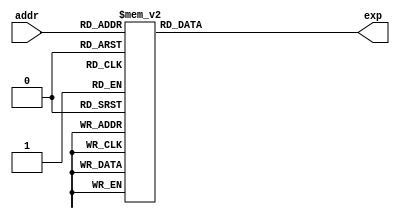
module LUT(addr, exp);
    input [6:0] addr;
    output reg [31:0] exp;

    always @(addr) begin
        case (addr)
			7'b0 		: exp = 32'b00111011110000010011110000000000;
			7'b1 		: exp = 32'b00111011010010010011101111111000;
			7'b10 		: exp = 32'b00111010110110000011101111101010;
			7'b11 		: exp = 32'b00111010011011100011101111010110;
			7'b100 		: exp = 32'b00111010000010100011101110111110;
			7'b101 		: exp = 32'b00111001101011000011101110100000;
			7'b110 		: exp = 32'b00111001010101000011101101111111;
			7'b111 		: exp = 32'b00111001000000100011101101011011;
			7'b1000 		: exp = 32'b00111000101101000011101100110100;
			7'b1001 		: exp = 32'b00111000011010110011101100001011;
			7'b1010 		: exp = 32'b00111000001001110011101011100000;
			7'b1011 		: exp = 32'b00110111110011010011101010110100;
			7'b1100 		: exp = 32'b00110111010101000011101010000111;
			7'b1101 		: exp = 32'b00110110111000100011101001011001;
			7'b1110 		: exp = 32'b00110110011101110011101000101010;
			7'b1111 		: exp = 32'b00110110000100110011100111111011;
			7'b10000 		: exp = 32'b00110101101101010011100111001100;
			7'b10001 		: exp = 32'b00110101010111000011100110011101;
			7'b10010 		: exp = 32'b00110101000010010011100101101110;
			7'b10011 		: exp = 32'b00110100101110110011100101000000;
			7'b10100 		: exp = 32'b00110100011100100011100100010010;
			7'b10101 		: exp = 32'b00110100001011010011100011100101;
			7'b10110 		: exp = 32'b00110011110110000011100010111000;
			7'b10111 		: exp = 32'b00110011010111100011100010001100;
			7'b11000 		: exp = 32'b00110010111011000011100001100001;
			7'b11001 		: exp = 32'b00110010100000010011100000111000;
			7'b11010 		: exp = 32'b00110010000111000011100000001111;
			7'b11011 		: exp = 32'b00110001101111010011011111001101;
			7'b11100 		: exp = 32'b00110001011001000011011101111111;
			7'b11101 		: exp = 32'b00110001000100000011011100110011;
			7'b11110 		: exp = 32'b00110000110000100011011011101010;
			7'b11111 		: exp = 32'b00110000011110000011011010100010;
			7'b100000 		: exp = 32'b00110000001100110011011001011101;
			7'b100001 		: exp = 32'b00101111111000110011011000011010;
			7'b100010 		: exp = 32'b00101111011010010011010111011001;
			7'b100011 		: exp = 32'b00101110111101100011010110011010;
			7'b100100 		: exp = 32'b00101110100010100011010101011101;
			7'b100101 		: exp = 32'b00101110001001010011010100100011;
			7'b100110 		: exp = 32'b00101101110001010011010011101010;
			7'b100111 		: exp = 32'b00101101011011000011010010110100;
			7'b101000 		: exp = 32'b00101101000110000011010001111111;
			7'b101001 		: exp = 32'b00101100110010010011010001001100;
			7'b101010 		: exp = 32'b00101100011111110011010000011100;
			7'b101011 		: exp = 32'b00101100001110010011001111011010;
			7'b101100 		: exp = 32'b00101011111011110011001110000000;
			7'b101101 		: exp = 32'b00101011011101000011001100101001;
			7'b101110 		: exp = 32'b00101011000000000011001011010110;
			7'b101111 		: exp = 32'b00101010100100110011001010000110;
			7'b110000 		: exp = 32'b00101010001011010011001000111010;
			7'b110001 		: exp = 32'b00101001110011100011000111110001;
			7'b110010 		: exp = 32'b00101001011101000011000110101010;
			7'b110011 		: exp = 32'b00101001000111110011000101100111;
			7'b110100 		: exp = 32'b00101000110100000011000100100110;
			7'b110101 		: exp = 32'b00101000100001010011000011101001;
			7'b110110 		: exp = 32'b00101000001111110011000010101101;
			7'b110111 		: exp = 32'b00100111111110100011000001110101;
			7'b111000 		: exp = 32'b00100111011111100011000000111111;
			7'b111001 		: exp = 32'b00100111000010100011000000001011;
			7'b111010 		: exp = 32'b00100110100111010010111110110011;
			7'b111011 		: exp = 32'b00100110001101100010111101010100;
			7'b111100 		: exp = 32'b00100101110101100010111011111010;
			7'b111101 		: exp = 32'b00100101011111000010111010100100;
			7'b111110 		: exp = 32'b00100101001001110010111001010001;
			7'b111111 		: exp = 32'b00100100110101110010111000000011;
			7'b1000000 		: exp = 32'b00100100100011000010110110111000;
			7'b1000001 		: exp = 32'b00100100010001010010110101110000;
			7'b1000010 		: exp = 32'b00100100000000110010110100101100;
			7'b1000011 		: exp = 32'b00100011100010010010110011101011;
			7'b1000100 		: exp = 32'b00100011000101000010110010101101;
			7'b1000101 		: exp = 32'b00100010101001110010110001110001;
			7'b1000110 		: exp = 32'b00100010001111110010110000111001;
			7'b1000111 		: exp = 32'b00100001110111110010110000000011;
			7'b1001000 		: exp = 32'b00100001100001000010101110100000;
			7'b1001001 		: exp = 32'b00100001001011100010101100111110;
			7'b1001010 		: exp = 32'b00100000110111100010101011100010;
			7'b1001011 		: exp = 32'b00100000100100100010101010001001;
			7'b1001100 		: exp = 32'b00100000010010110010101000110101;
			7'b1001101 		: exp = 32'b00100000000010010010100111100101;
			7'b1001110 		: exp = 32'b00011111100101000010100110011001;
			7'b1001111 		: exp = 32'b00011111000111110010100101010000;
			7'b1010000 		: exp = 32'b00011110101100000010100100001011;
			7'b1010001 		: exp = 32'b00011110010010010010100011001001;
			7'b1010010 		: exp = 32'b00011101111001110010100010001011;
			7'b1010011 		: exp = 32'b00011101100011000010100001001111;
			7'b1010100 		: exp = 32'b00011101001101010010100000010111;
			7'b1010101 		: exp = 32'b00011100111001010010011111000011;
			7'b1010110 		: exp = 32'b00011100100110010010011101011101;
			7'b1010111 		: exp = 32'b00011100010100100010011011111100;
			7'b1011000 		: exp = 32'b00011100000011110010011010100000;
			7'b1011001 		: exp = 32'b00011011100111110010011001001000;
			7'b1011010 		: exp = 32'b00011011001010010010010111110101;
			7'b1011011 		: exp = 32'b00011010101110100010010110100110;
			7'b1011100 		: exp = 32'b00011010010100100010010101011011;
			7'b1011101 		: exp = 32'b00011001111100000010010100010100;
			7'b1011110 		: exp = 32'b00011001100101000010010011010000;
			7'b1011111 		: exp = 32'b00011001001111010010010010010000;
			7'b1100000 		: exp = 32'b00011000111011000010010001010011;
			7'b1100001 		: exp = 32'b00011000100111110010010000011001;
			7'b1100010 		: exp = 32'b00011000010110000010001111000101;
			7'b1100011 		: exp = 32'b00011000000101000010001101011101;
			7'b1100100 		: exp = 32'b00010111101010100010001011111010;
			7'b1100101 		: exp = 32'b00010111001100110010001010011100;
			7'b1100110 		: exp = 32'b00010110110001000010001001000011;
			7'b1100111 		: exp = 32'b00010110010110110010000111101111;
			7'b1101000 		: exp = 32'b00010101111110000010000110011111;
			7'b1101001 		: exp = 32'b00010101100111000010000101010011;
			7'b1101010 		: exp = 32'b00010101010001010010000100001011;
			7'b1101011 		: exp = 32'b00010100111100110010000011000110;
			7'b1101100 		: exp = 32'b00010100101001100010000010000110;
			7'b1101101 		: exp = 32'b00010100010111100010000001001000;
			7'b1101110 		: exp = 32'b00010100000110100010000000001110;
			7'b1101111 		: exp = 32'b00010011101101010001111110101110;
			7'b1110000 		: exp = 32'b00010011001111100001111101000101;
			7'b1110001 		: exp = 32'b00010010110011100001111011100010;
			7'b1110010 		: exp = 32'b00010010011001000001111010000100;
			7'b1110011 		: exp = 32'b00010010000000010001111000101011;
			7'b1110100 		: exp = 32'b00010001101001000001110111010111;
			7'b1110101 		: exp = 32'b00010001010011000001110110000111;
			7'b1110110 		: exp = 32'b00010000111110100001110100111011;
			7'b1110111 		: exp = 32'b00010000101011010001110011110011;
			7'b1111000 		: exp = 32'b00010000011001000001110010101111;
			7'b1111001 		: exp = 32'b00010000001000000001110001101111;
			7'b1111010 		: exp = 32'b00001111110000010001110000110010;
			7'b1111011 		: exp = 32'b00001111010010000001101111110000;
			7'b1111100 		: exp = 32'b00001110110101110001101110000010;
			7'b1111101 		: exp = 32'b00001110011011010001101100011011;
			7'b1111110 		: exp = 32'b00001110000010100001101010111001;
			7'b1111111 		: exp = 32'b00001101101011000001101001011100;
            default: exp = 0;
        endcase
    end
endmodule